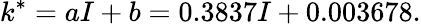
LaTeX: k^{*}=aI+b=0.3837I+0.003678.